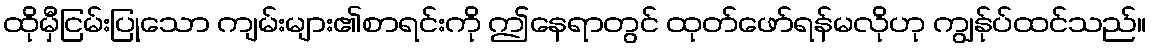
ထိုမှီငြမ်းပြုသော ကျမ်းများ၏စာရင်းကို ဤနေရာတွင် ထုတ်ဖော်ရန်မလိုဟု ကျွန်ုပ်ထင်သည်။